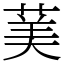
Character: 䓺